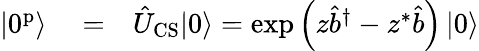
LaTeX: \begin{array}{rlr}{\left|0^{\mathrm{p}}\right\rangle}&{{}=}&{\hat{U}_{\mathrm{CS}}|0\rangle=\exp\left(z\hat{b}^{\dagger}-z^{\ast}\hat{b}\right)\left|0\right\rangle}\end{array}